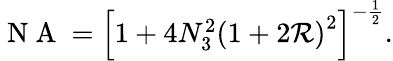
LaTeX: \begin{array}{r}{\mathrm{~N~A~}=\left[1+4N_{3}^{2}\left(1+2\mathcal{R}\right)^{2}\right]^{-\frac{1}{2}}.}\end{array}